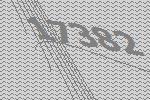
17382